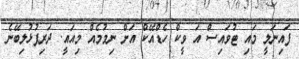
ފައިނަލީ މައި ޓުވައިސް އަ ވީކް ހެޑްއޭކް އަށް ނިމުމެއް މިއައީ. ދަރިފުޅުލިބޭނެ